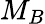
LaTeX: M_{B}